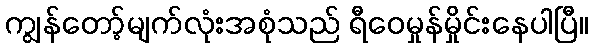
ကျွန်တော့်မျက်လုံးအစုံသည် ရီဝေမှုန်မှိုင်းနေပါပြီ။